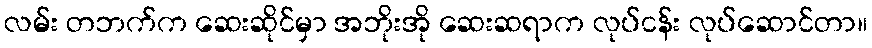
လမ်း တဘက်က ဆေးဆိုင်မှာ အဘိုးအို ဆေးဆရာက လုပ်ငန်း လုပ်ဆောင်တာ။